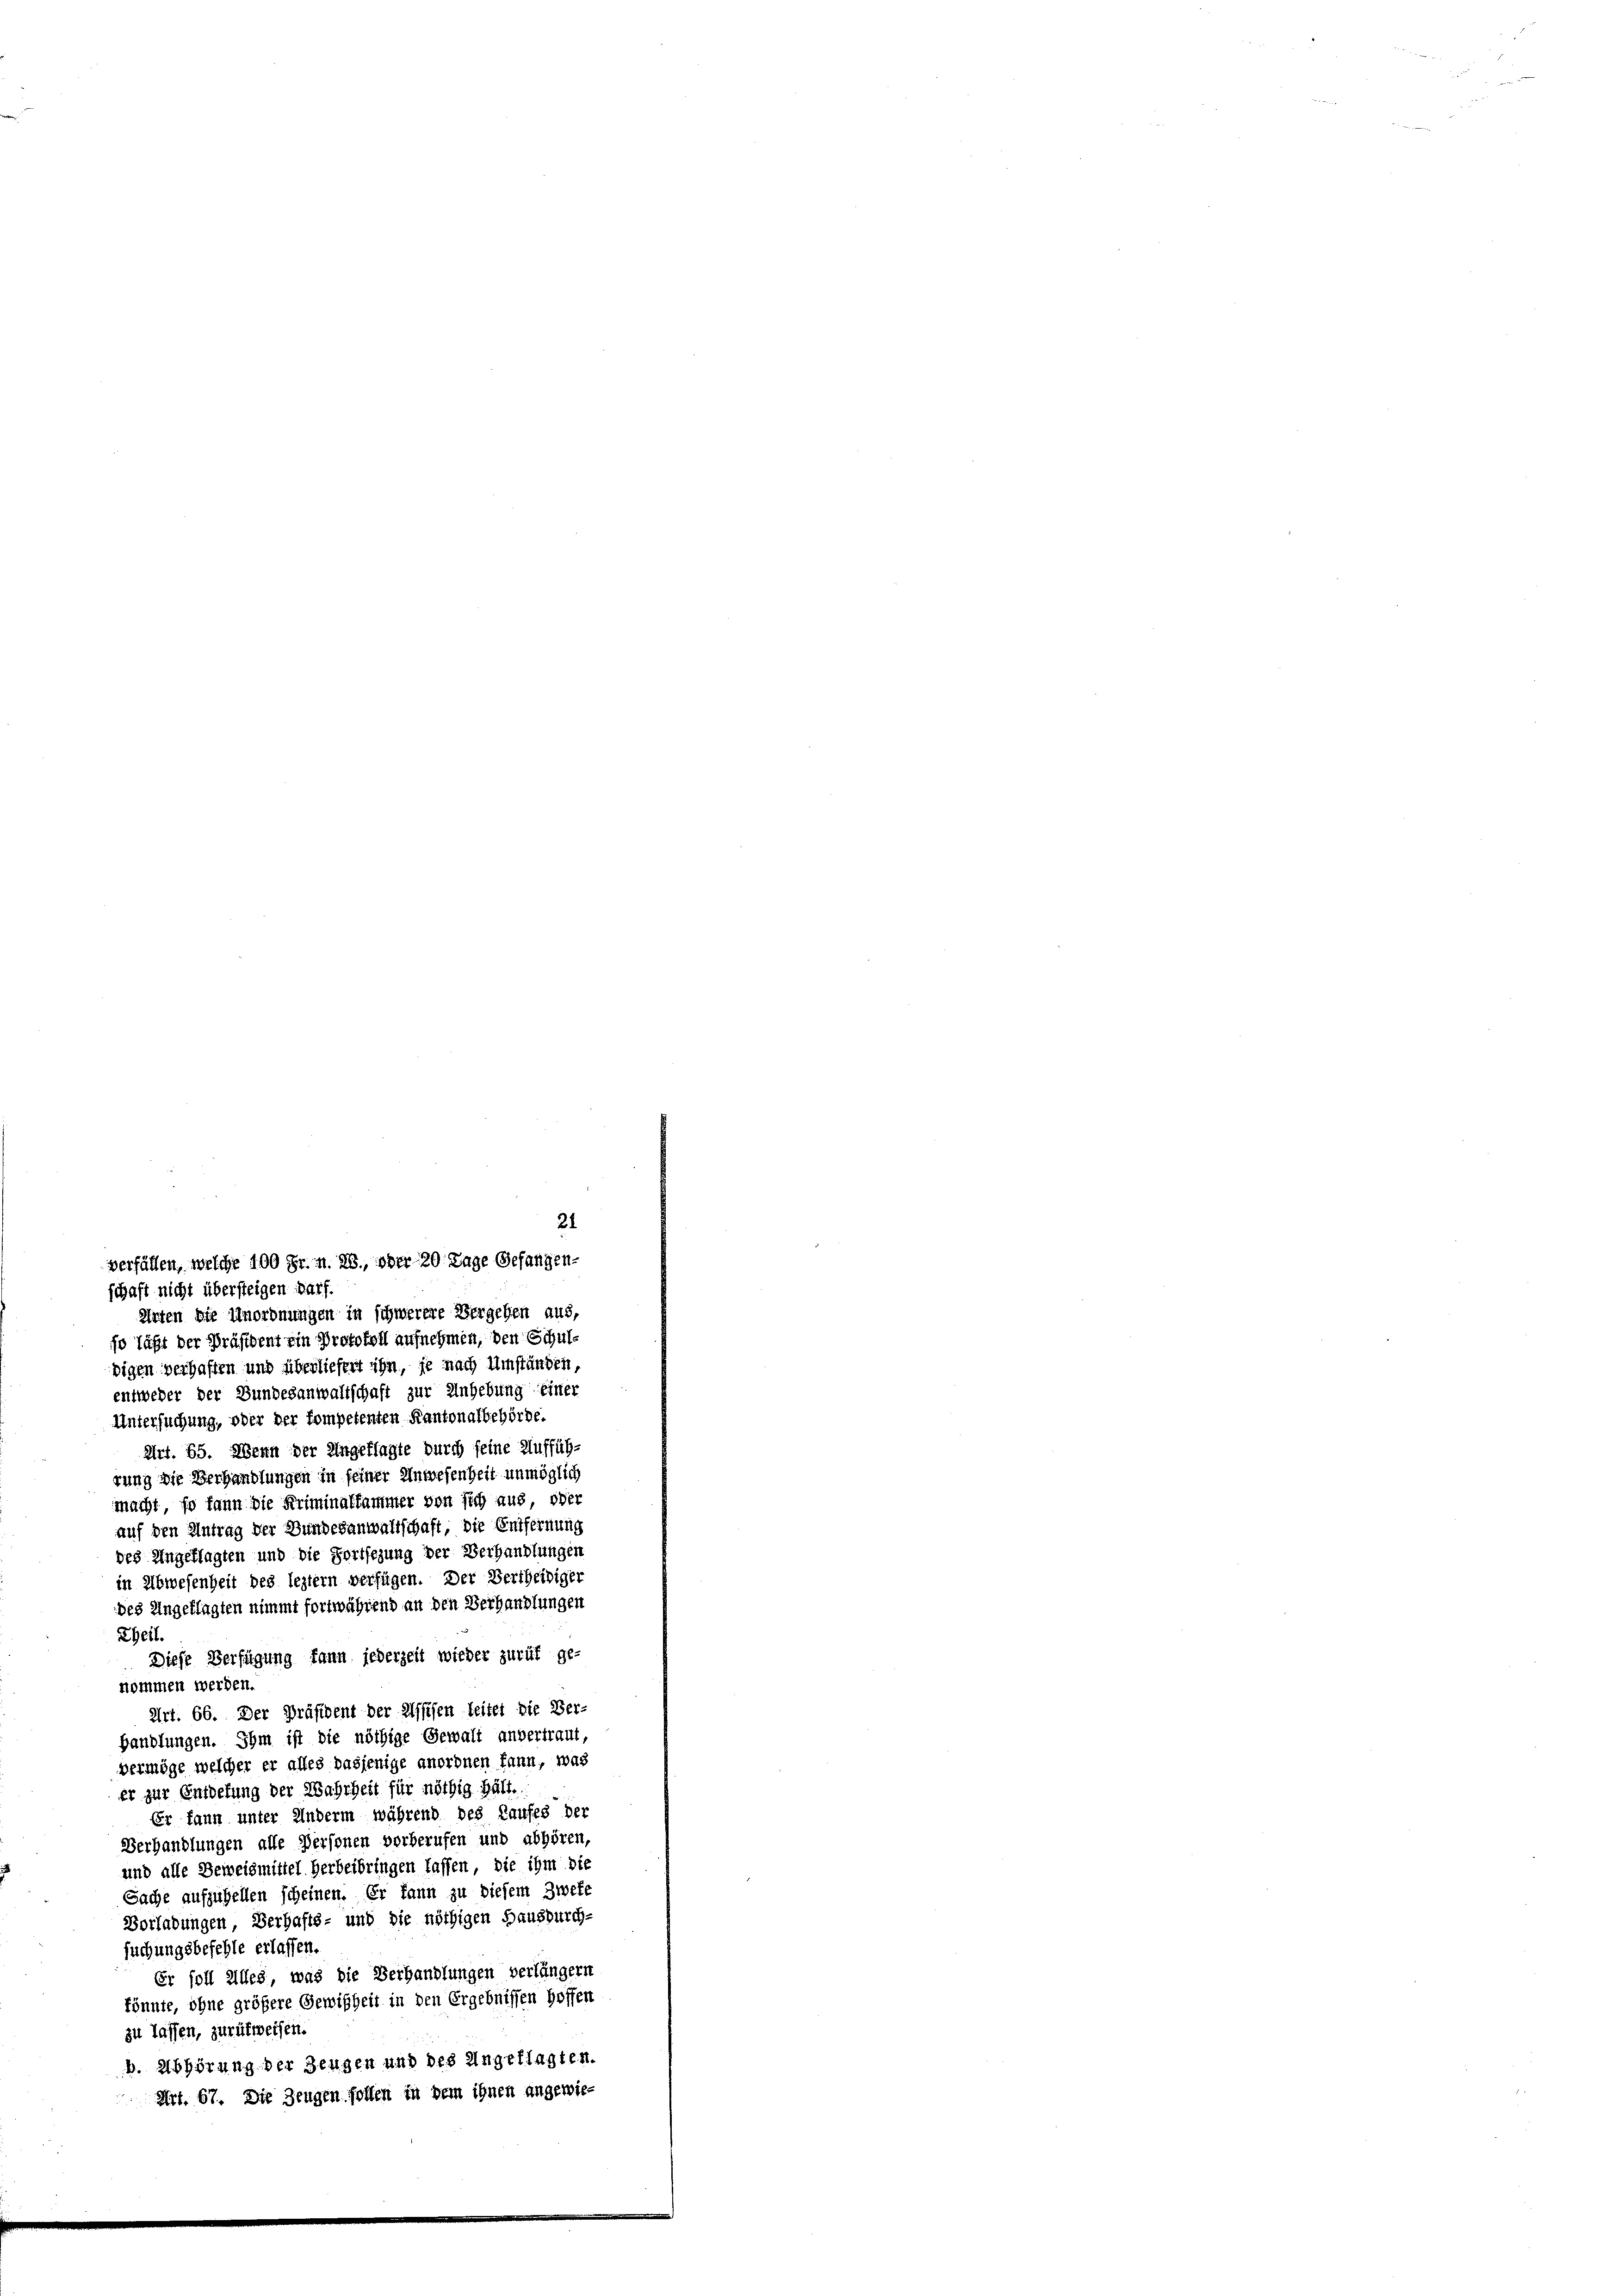
Arten die Unordnungen in schwerere Vergehen aus,
so läßt der Präsident ein Protokoll aufnehmen, den Schuldigen verhaften und überliefert ihn, je nach Umständen,
entweder der Bundesanwaltschaft zur Anhebung einer
Untersuchung, ober der kompetenten Kantonalbehörde.
Art. 65. Wenn der Ungeklagte durch seine Aufführung wie Verhandlungen in seiner Anwesenheit unmöglich
macht, so kann die Kriminalfammer von sich aus, oder
auf den Antrag der Bundesanwaltschaft, die Entfernung
des Angeklagten und die Fortsezung der Verhandlungen
in Abwesenheit des leztern verfügen. Der Vertheidiger
des Angeklagten nimmt fortwährend an den Verhandlungen
Theil.
Diese Verfügung kann jederzeit wieder zuruf ge-
nommen werden.
Art. 66. Der Präsident der Assisen leitet die Ver-
handlungen. Ihm ist die nöthige Gewalt anvertraut,
vermöge welcher er alles dasjenige anordnen kann, was
er zur Entdefung der Wahrheit für nöthig hält.
Er kann unter Anderm während des Laufes der
Verhandlungen alle Personen vorberufen und abgören,
und alle Beweismittel Herbeibringen lassen, die ihm die
Sache aufzuhellen scheinen. Er kann zu diesem Zwefe
Vorladungen Verhafts- und die nöthigen Hausdurch-
suchungsbefehle erlassen.
Er soll alles, was die Verhandlungen verlängern
könnte, ohne größere Gewißheit in den Ergebnissen hoffen
zu lassen, zurückweisen.
b. Abhörung der Zeugen und des Ungeklagten.
Art. 67. Die Zeugen sollen in dem ihnen angewie¬

21
verfällen, welche 100 Fr. n. 28, ober 20 Tage Gefangen-
schaft nicht übersteigen Barf.